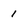
Character: 1